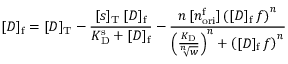
[ D ] _ { \mathrm { f } } = [ D ] _ { \mathrm { T } } - \frac { [ s ] _ { \mathrm { T } } \, [ D ] _ { \mathrm { f } } } { K _ { \mathrm { D } } ^ { \mathrm { s } } + [ D ] _ { \mathrm { f } } } - \frac { n \, [ n _ { \mathrm { o r i } } ^ { \mathrm { f } } ] \left( [ D ] _ { \mathrm { f } } \, f \right) ^ { n } } { \left( \frac { K _ { \mathrm { D } } } { \sqrt [ n ] { w } } \right) ^ { n } + \left( [ D ] _ { \mathrm { f } } \, f \right) ^ { n } }